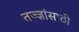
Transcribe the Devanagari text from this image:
तज्ज्ञांसाठी